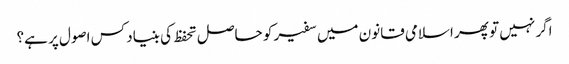
اگر نہیں تو پھر اسلامی قانون میں سفیر کو حاصل تحفظ کی بنیاد کس اصول پر ہے؟